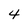
Character: 4